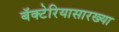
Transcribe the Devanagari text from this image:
बॅक्टेरियासारख्या